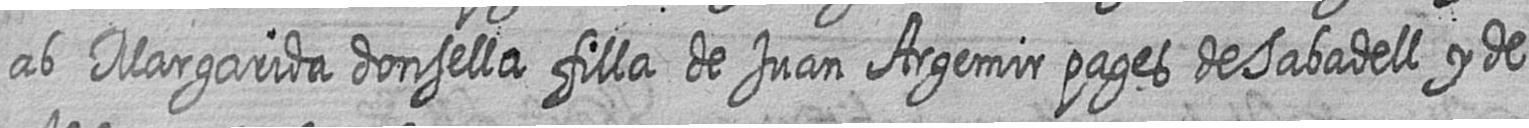
ab Margarida donsella filla de Juan Argemir pages de Sabadell y de